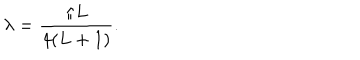
LaTeX: \lambda = \frac { \pi L } { 4 ( L + 1 ) } .